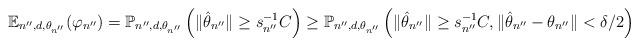
LaTeX: \begin{align*}\mathbb{E}_{{n''},d,\theta_{n''}}(\varphi_{n''}) = \mathbb{P}_{{n''},d,\theta_{n''}} \left( \| \hat{\theta}_{n''} \| \geq s_{n''}^{-1} C \right) \geq \mathbb{P}_{{n''},d,\theta_{n''}} \left( \| \hat{\theta}_{n''} \| \geq s_{n''}^{-1} C, \| \hat{\theta}_{n''} - \theta_{n''} \| < \delta/2 \right)\end{align*}